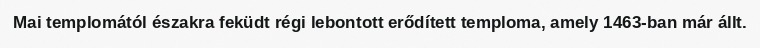
Mai templomától északra feküdt régi lebontott erődített temploma, amely 1463-ban már állt.